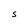
Character: S